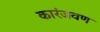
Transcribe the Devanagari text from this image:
कारंजवण